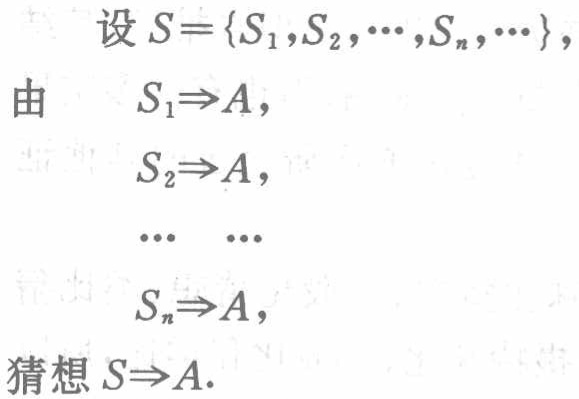
设 \(S = \{S_1,S_2,\cdots,S_n,\cdots\}\)，
由
\(S_1\Rightarrow A\)，
\(S_2\Rightarrow A\)，
\(\cdots\ \ \cdots\)
\(S_n\Rightarrow A\)，
猜想 \(S\Rightarrow A\).